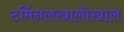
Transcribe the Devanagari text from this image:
टर्मिनलखालोखाल